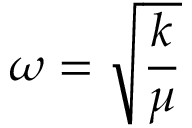
\omega = { \sqrt { \frac { k } { \mu } } }